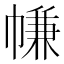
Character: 㡘